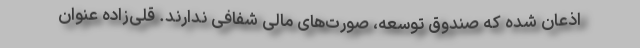
اذعان شده كه صندوق توسعه، صورت‌های مالی شفافی ندارند. قلی‌زاده عنوان